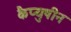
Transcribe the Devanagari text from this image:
कैप्युषीन